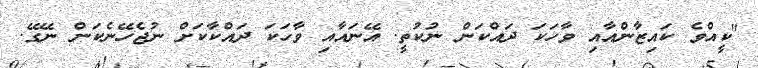
"ކީއްވެ ކައިޒާންއާއި ވާހަކަ ދައްކަން ނުކުތީ. އޭނައާއި ވާހަކަ ދައްކާކަށް ނުޖެހޭނެކަން ނޭގޭ.